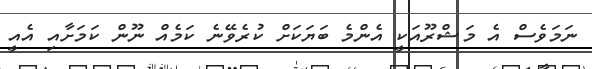
ނަމަވެސް އެ މަޝްރޫއަކީ އެންމެ ބަޔަކަށް ކުރެވޭނެ ކަމެއް ނޫން ކަމަށާއި އެއީ